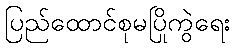
ပြည်ထောင်စုမပြိုကွဲရေး